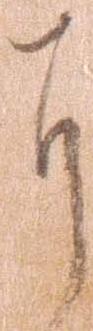
に